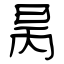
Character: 昺